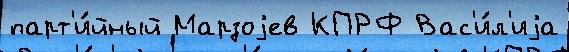
парт'и́йный Марзоjев КПРФ Вас'и́л'иjа